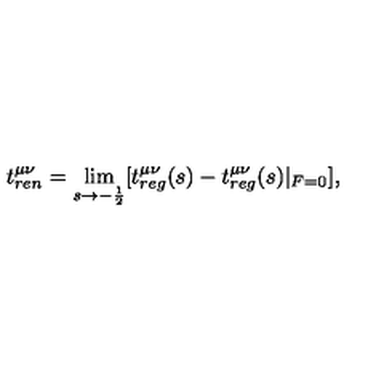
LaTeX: t _ { r e n } ^ { \mu \nu } = \lim _ { s \rightarrow - \frac 1 2 } [ t _ { r e g } ^ { \mu \nu } ( s ) - t _ { r e g } ^ { \mu \nu } ( s ) | _ { F = 0 } ] ,